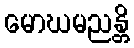
မောဃမညန္တိ